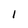
Character: 1